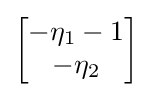
{\begin{bmatrix}-\eta _{1}-1\\-\eta _{2}\end{bmatrix}}